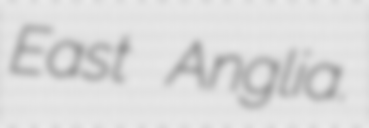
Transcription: East Anglia.